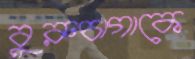
বুরুচাগাকে